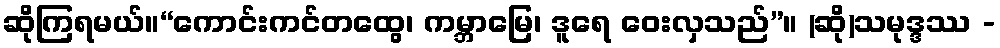
ဆိုကြရမယ်။“ကောင်းကင်တထွေ၊ ကမ္ဘာမြေ၊ ဒူရေ ဝေးလှသည်”။ (ဆို)သမုဒ္ဒဿ -